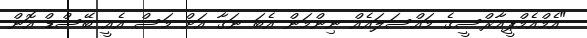
"އެމްއެމްޕީއާރްސީގެ މައްސަލައެއް ނިންމަން އެބަ ނަގާ އަށް މަސް އެއީ ބޭސްޑް އޮން